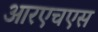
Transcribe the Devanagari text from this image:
आरएचएस